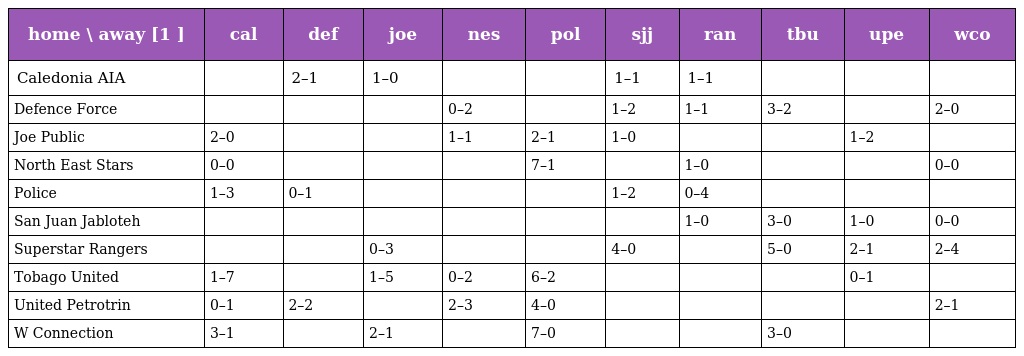
| home \ away [1 ] | cal | def | joe | nes | pol | sjj | ran | tbu | upe | wco |
 | --- | --- | --- | --- | --- | --- | --- | --- | --- | --- | --- |
 | Caledonia AIA |  | 2–1 | 1–0 |  |  | 1–1 | 1–1 |  |  |  |
 | Defence Force |  |  |  | 0–2 |  | 1–2 | 1–1 | 3–2 |  | 2–0 |
 | Joe Public | 2–0 |  |  | 1–1 | 2–1 | 1–0 |  |  | 1–2 |  |
 | North East Stars | 0–0 |  |  |  | 7–1 |  | 1–0 |  |  | 0–0 |
 | Police | 1–3 | 0–1 |  |  |  | 1–2 | 0–4 |  |  |  |
 | San Juan Jabloteh |  |  |  |  |  |  | 1–0 | 3–0 | 1–0 | 0–0 |
 | Superstar Rangers |  |  | 0–3 |  |  | 4–0 |  | 5–0 | 2–1 | 2–4 |
 | Tobago United | 1–7 |  | 1–5 | 0–2 | 6–2 |  |  |  | 0–1 |  |
 | United Petrotrin | 0–1 | 2–2 |  | 2–3 | 4–0 |  |  |  |  | 2–1 |
 | W Connection | 3–1 |  | 2–1 |  | 7–0 |  |  | 3–0 |  |  |